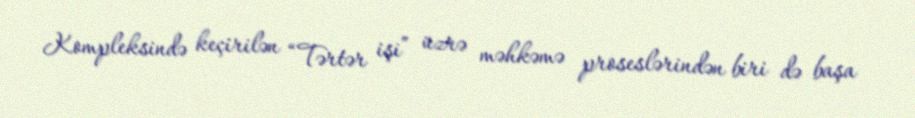
Kompleksində keçirilən “Tərtər işi” üzrə məhkəmə proseslərindən biri də başa